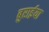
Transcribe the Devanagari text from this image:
बुरार्इया